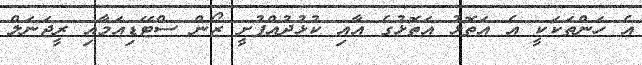
އެ ހަންތަކަކީ އެ އަތޮޅު އަތޮޅުގެ އާއި ކުޅުދުއްފުށީ ޒޯން ސްޓޭޑިއަމާއި ރީޖަނަލް